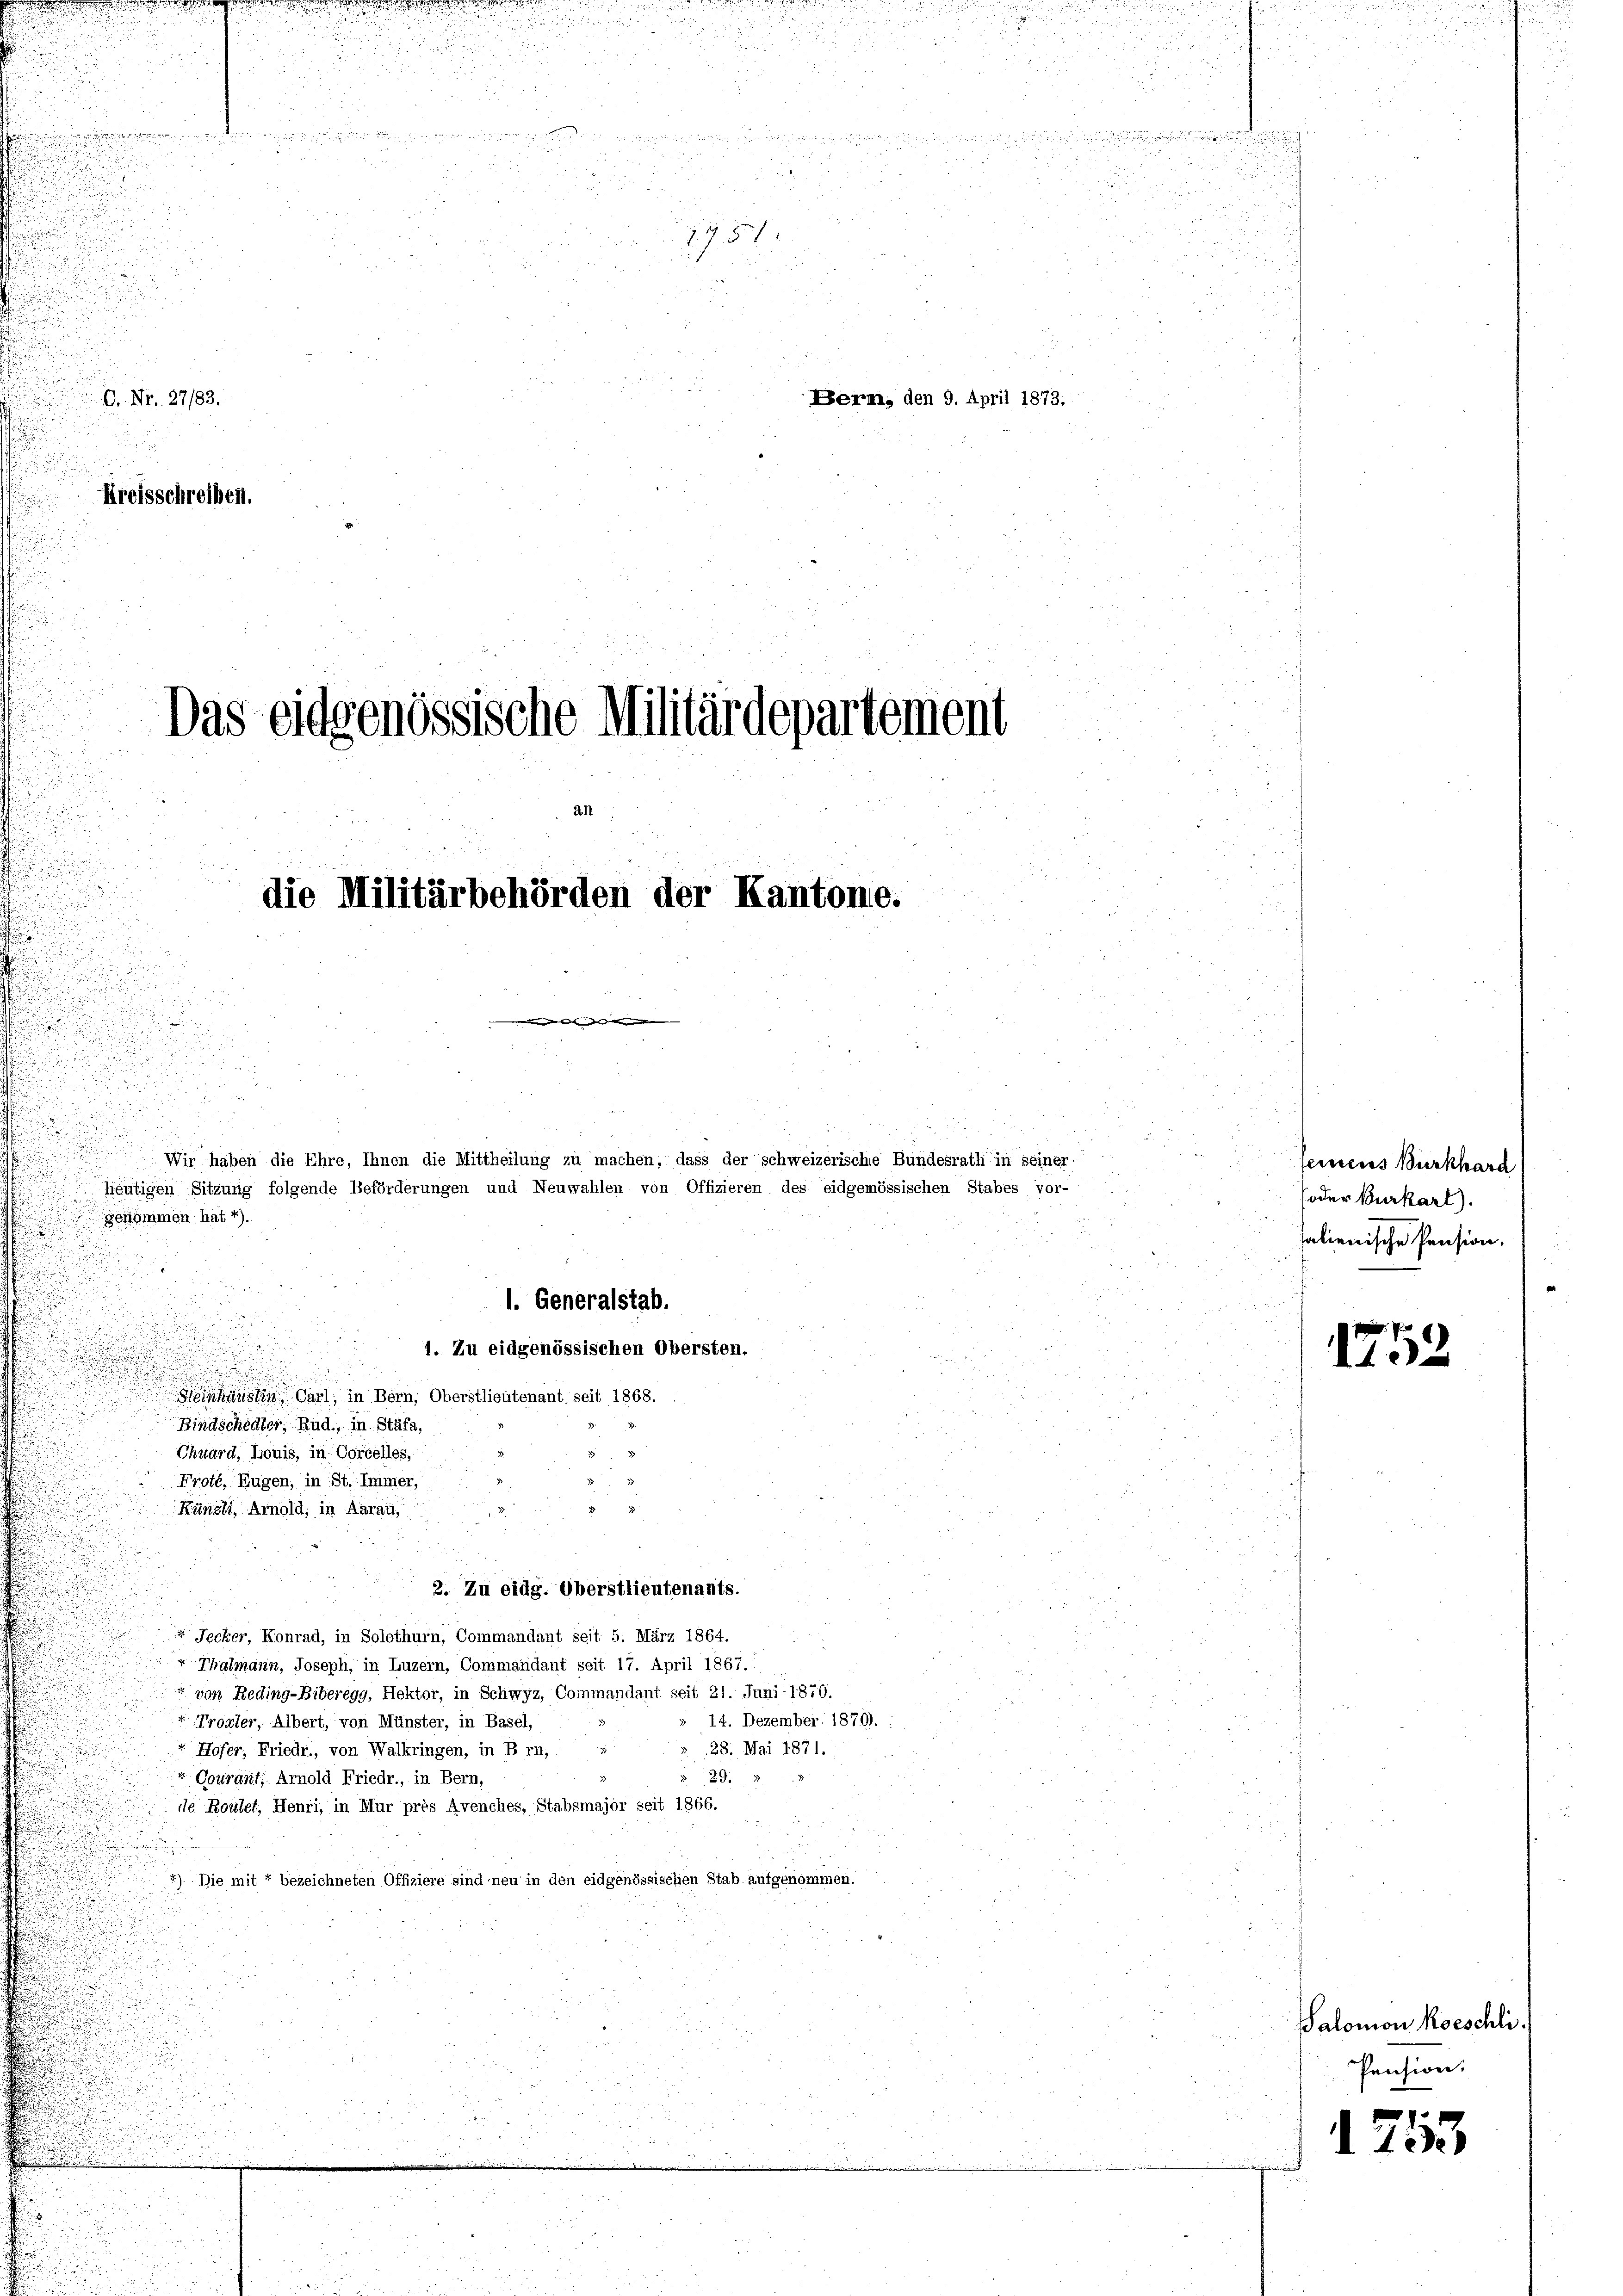
.Nr. 27/83.
Kreisschreiben.

n

.
n

.

Bern, den 9. April 1873.

.
.
1. Generalstab.
1. Zu eidgenössischen Obersten.

inhausen Carl, in Bern, Oberstlieutenant seit 1868.
Bindschedler, Rud., in Stäfa,
Chuard, Louis, in Corcelles,
.
Froté, Eugen, in St. Immer,
Künzli, Arnold; in Aarau,

2. Zu eidg. Oberstlieutenants.
 Jecker, Konrad, in Solothurn, Commandant seit 5. März 1864.
+ Thalmann, Joseph, in Luzern, Commandant seit 17. April 1867.
 von Reding-Biberegg, Hektor, in Schwyz, Commandant seit 21. Juni 1870.
14. Dezember 1870).
 Trotter, Albert, von Münster, in Basel,
 28. Mai 1871.
 Hofer, Friedr., von Walkringen, in B rn,
§ 29.
Couraut, Arnold Friedr., in Bern,
de Routet, Henri, in Mur près Avenches, Stabsmajor seit 1866.
2). Die mit 7 bezeichneten Offiziere sind neu in den eidgenössischen Stab aufgenommen

Das eidgenössische Militärdepartement
an

u
7 Fr
1751

die Militärbehörden der Kantone.
d als der in |

Wir haben die Ehre, Ihnen die Mittheilung zu machen, dass der schweizerische Bundesrath in seiner
wärtigen Sitzung folgende Beförderungen und Neuwahlen von Offizieren des eidgenössischen Stabes vor-
genommen hat 4).

seinens Burkhard
(oder Burkart).
talienische Pension.

1752

Salomon Roeschli
Pension.

1753